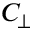
\ensuremath { C _ { \! \! \: \perp } }